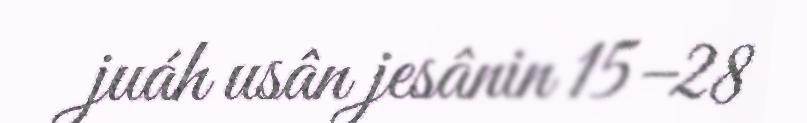
juáh usân jesânin 15–28